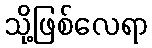
သို့ဖြစ်လေရာ